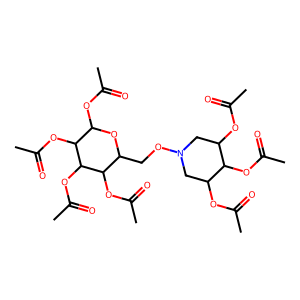
SMILES: CC(=O)OC1CN(OCC2OC(OC(C)=O)C(OC(C)=O)C(OC(C)=O)C2OC(C)=O)CC(OC(C)=O)C1OC(C)=O
Inhibits HIV replication: No